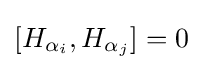
[H_{\alpha _{i}},H_{\alpha _{j}}]=0